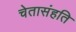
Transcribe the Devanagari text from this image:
चेतासंहति